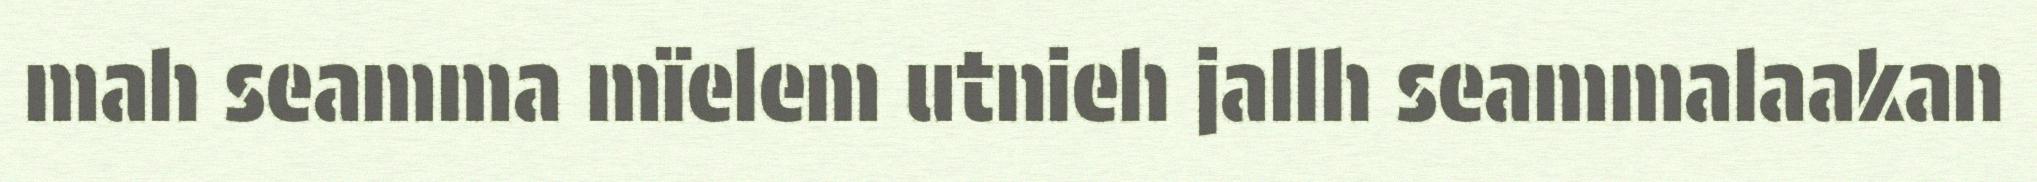
mah seamma mïelem utnieh jallh seammalaakan